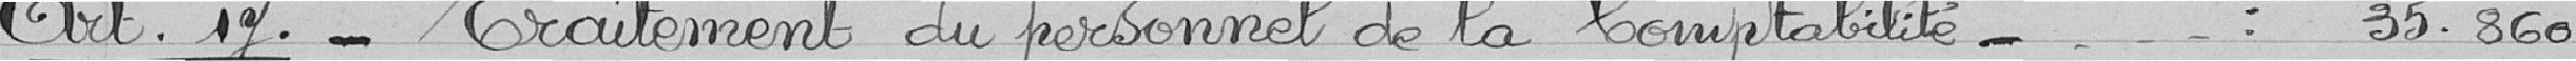
Art. 17. - Traitement du personnel de la comptabilité-.... : 35.860